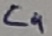
Text: C4